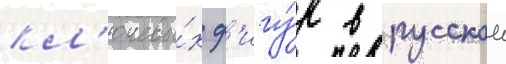
кл'ючевы́х ф'игу́р в русскои